Leningradi_Edasi_toimetus, lk 93
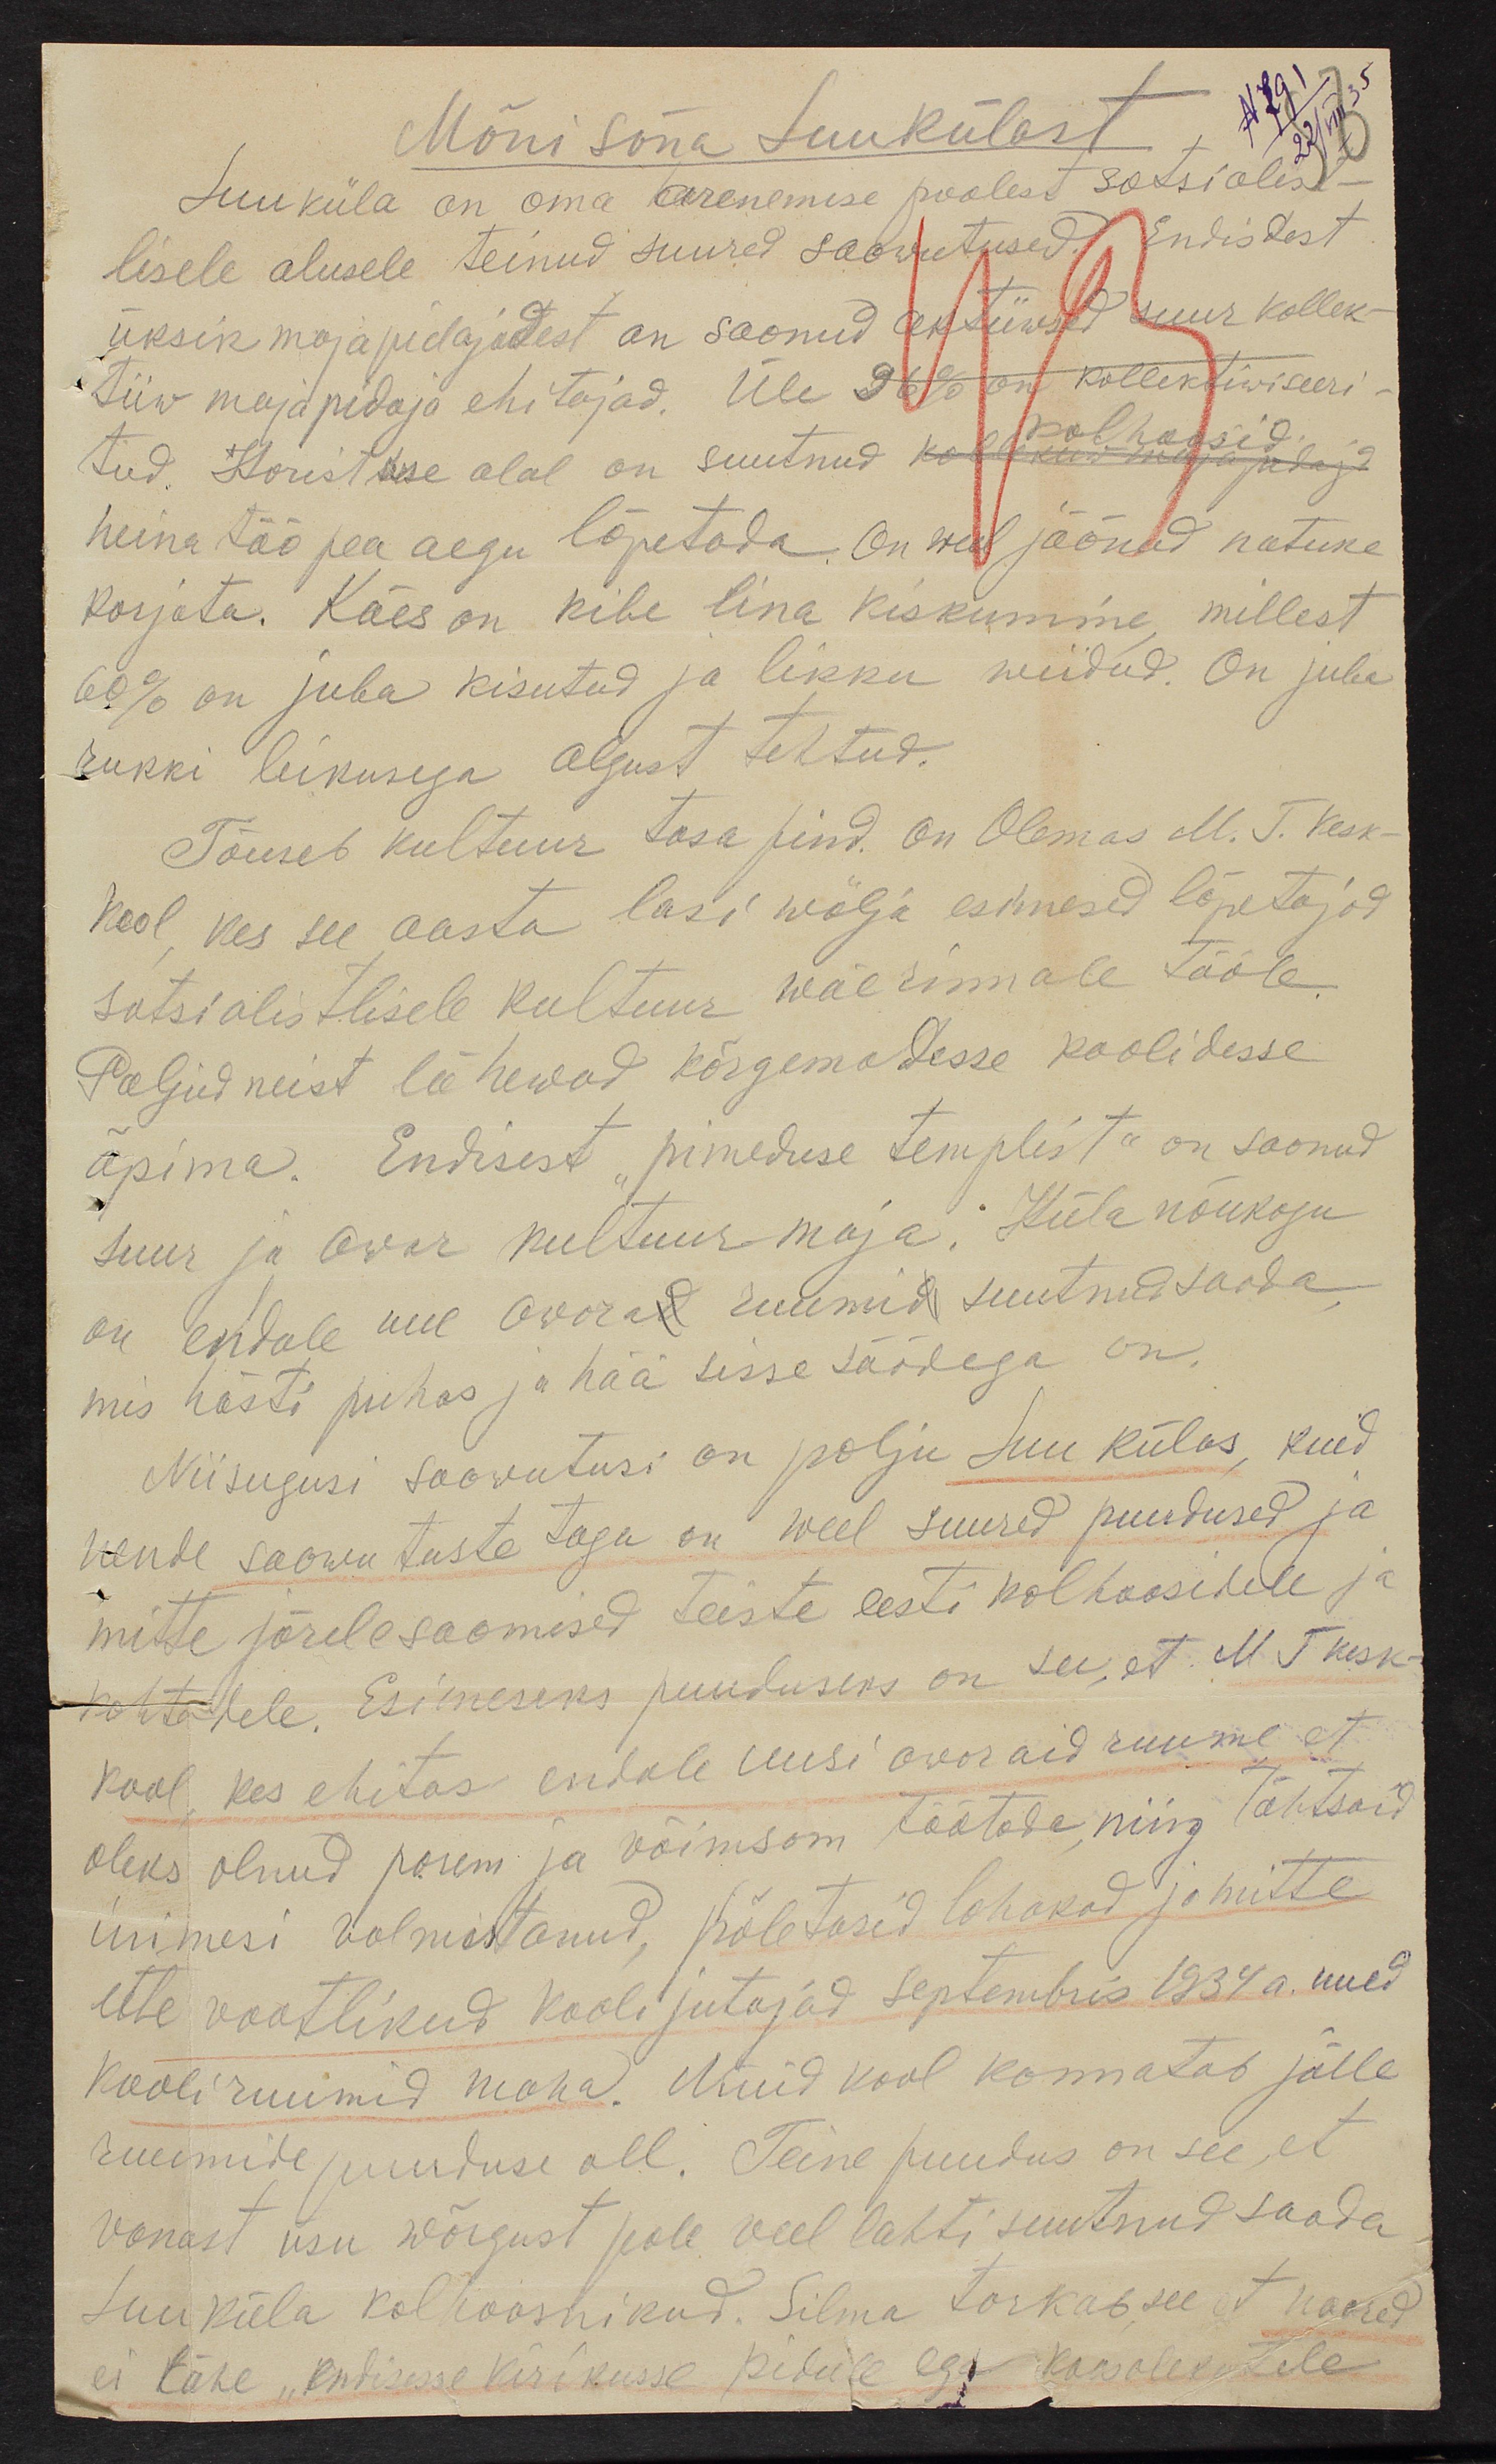
Mõni sõna Luukülast
Luuküla on oma arenemise poolest sotsialist-
lisele alusele teinud suured saawutused. Endistest
üksik mõjapidajadest on saanud aktiivawd suur kollek-
tiiw majapidaja ehitajad. Üle 96% on kollektiwiseeri-
tud Koristuse alal on suutnud ka kolhoosid
heina töö pea aegu lõpetada. On weel jäänud natuke
korjata. Käes on kibe lina kiskumine, millest
60% on juba kisutud ja likku wiidud. On juba
rukki leikusega algust tehtud.
Tõuseb kultuur tasa pind. On Olemas M. T. Kesk-
kool kes see aasta lasi wälja esimesed lõpetajad
sotsialistlisele kultuur wäerinnale tööle.
Paljud neist lähewad kõrgemadesse koolidesse
õpima. Endisest pimeduse templist on saanud
suur ja awar kultuur maja. Külanõukogu
on endale uue awarad ruumid suutnud saada,
mis hästi puhas ja hää sisse säädega on.
Niisugusi saawutusi on palju Luukülas, kuid
nende saawutuste taga on weel suured puudused ja
mitte järele saamised teiste eesti kolhoosidele ja
kohtadele. Esimeseks puuduseks on see, et M. T kesk-
kool kes ehitas endale uusi avaraid ruume et
oleks olnud parem ja võimsam töötada ning tähtsaid
inimesi valmistanud, põletasid lohakad ja mitte
ette waatlikud kooli jutajad Septembris 1934 a. uued
kooliruumid maha. Nüüd kool kannatab jälle
ruumide puuduse all. Teine puudus on see, et
vanast usu wõrgust pole veel lahti suutnud saada
Luuküla kolhoosnikud. Silma torkas see et noored
ei lähe, "endisesse kirikusse pidule ega koosolekutele